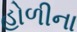
હોળીના